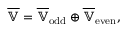
\overline { { \mathbb { V } } } = \overline { { \mathbb { V } } } _ { \mathrm { o d d } } \oplus \overline { { \mathbb { V } } } _ { \mathrm { e v e n } } ,